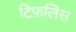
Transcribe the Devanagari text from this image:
टिफ़लिस